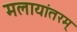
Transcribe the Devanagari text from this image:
मलायांतरम्‌